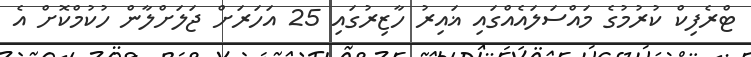
ޓްރެފިކް ކުރުމުގެ މައްސަލައެއްގައި ޣައިރު ހާޒިރުގައި 25 އަހަރަށް ޖަލަށްލާން ހުކުމްކޮށް އެ